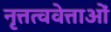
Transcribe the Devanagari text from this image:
नृत्तत्ववेत्ताओं